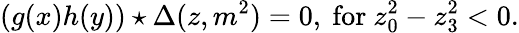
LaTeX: (g(x)h(y))\star\Delta(z,m^{2})=0,~\mathrm{for}~z_{0}^{2}-z_{3}^{2}<0.